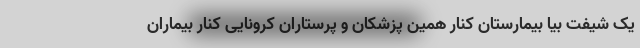
یک شیفت بیا بیمارستان کنار همین پزشکان و پرستاران کرونایی کنار بیماران